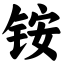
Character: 铵